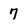
Character: 7